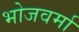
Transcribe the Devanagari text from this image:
भोजवर्मा